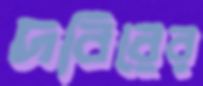
দবিরের